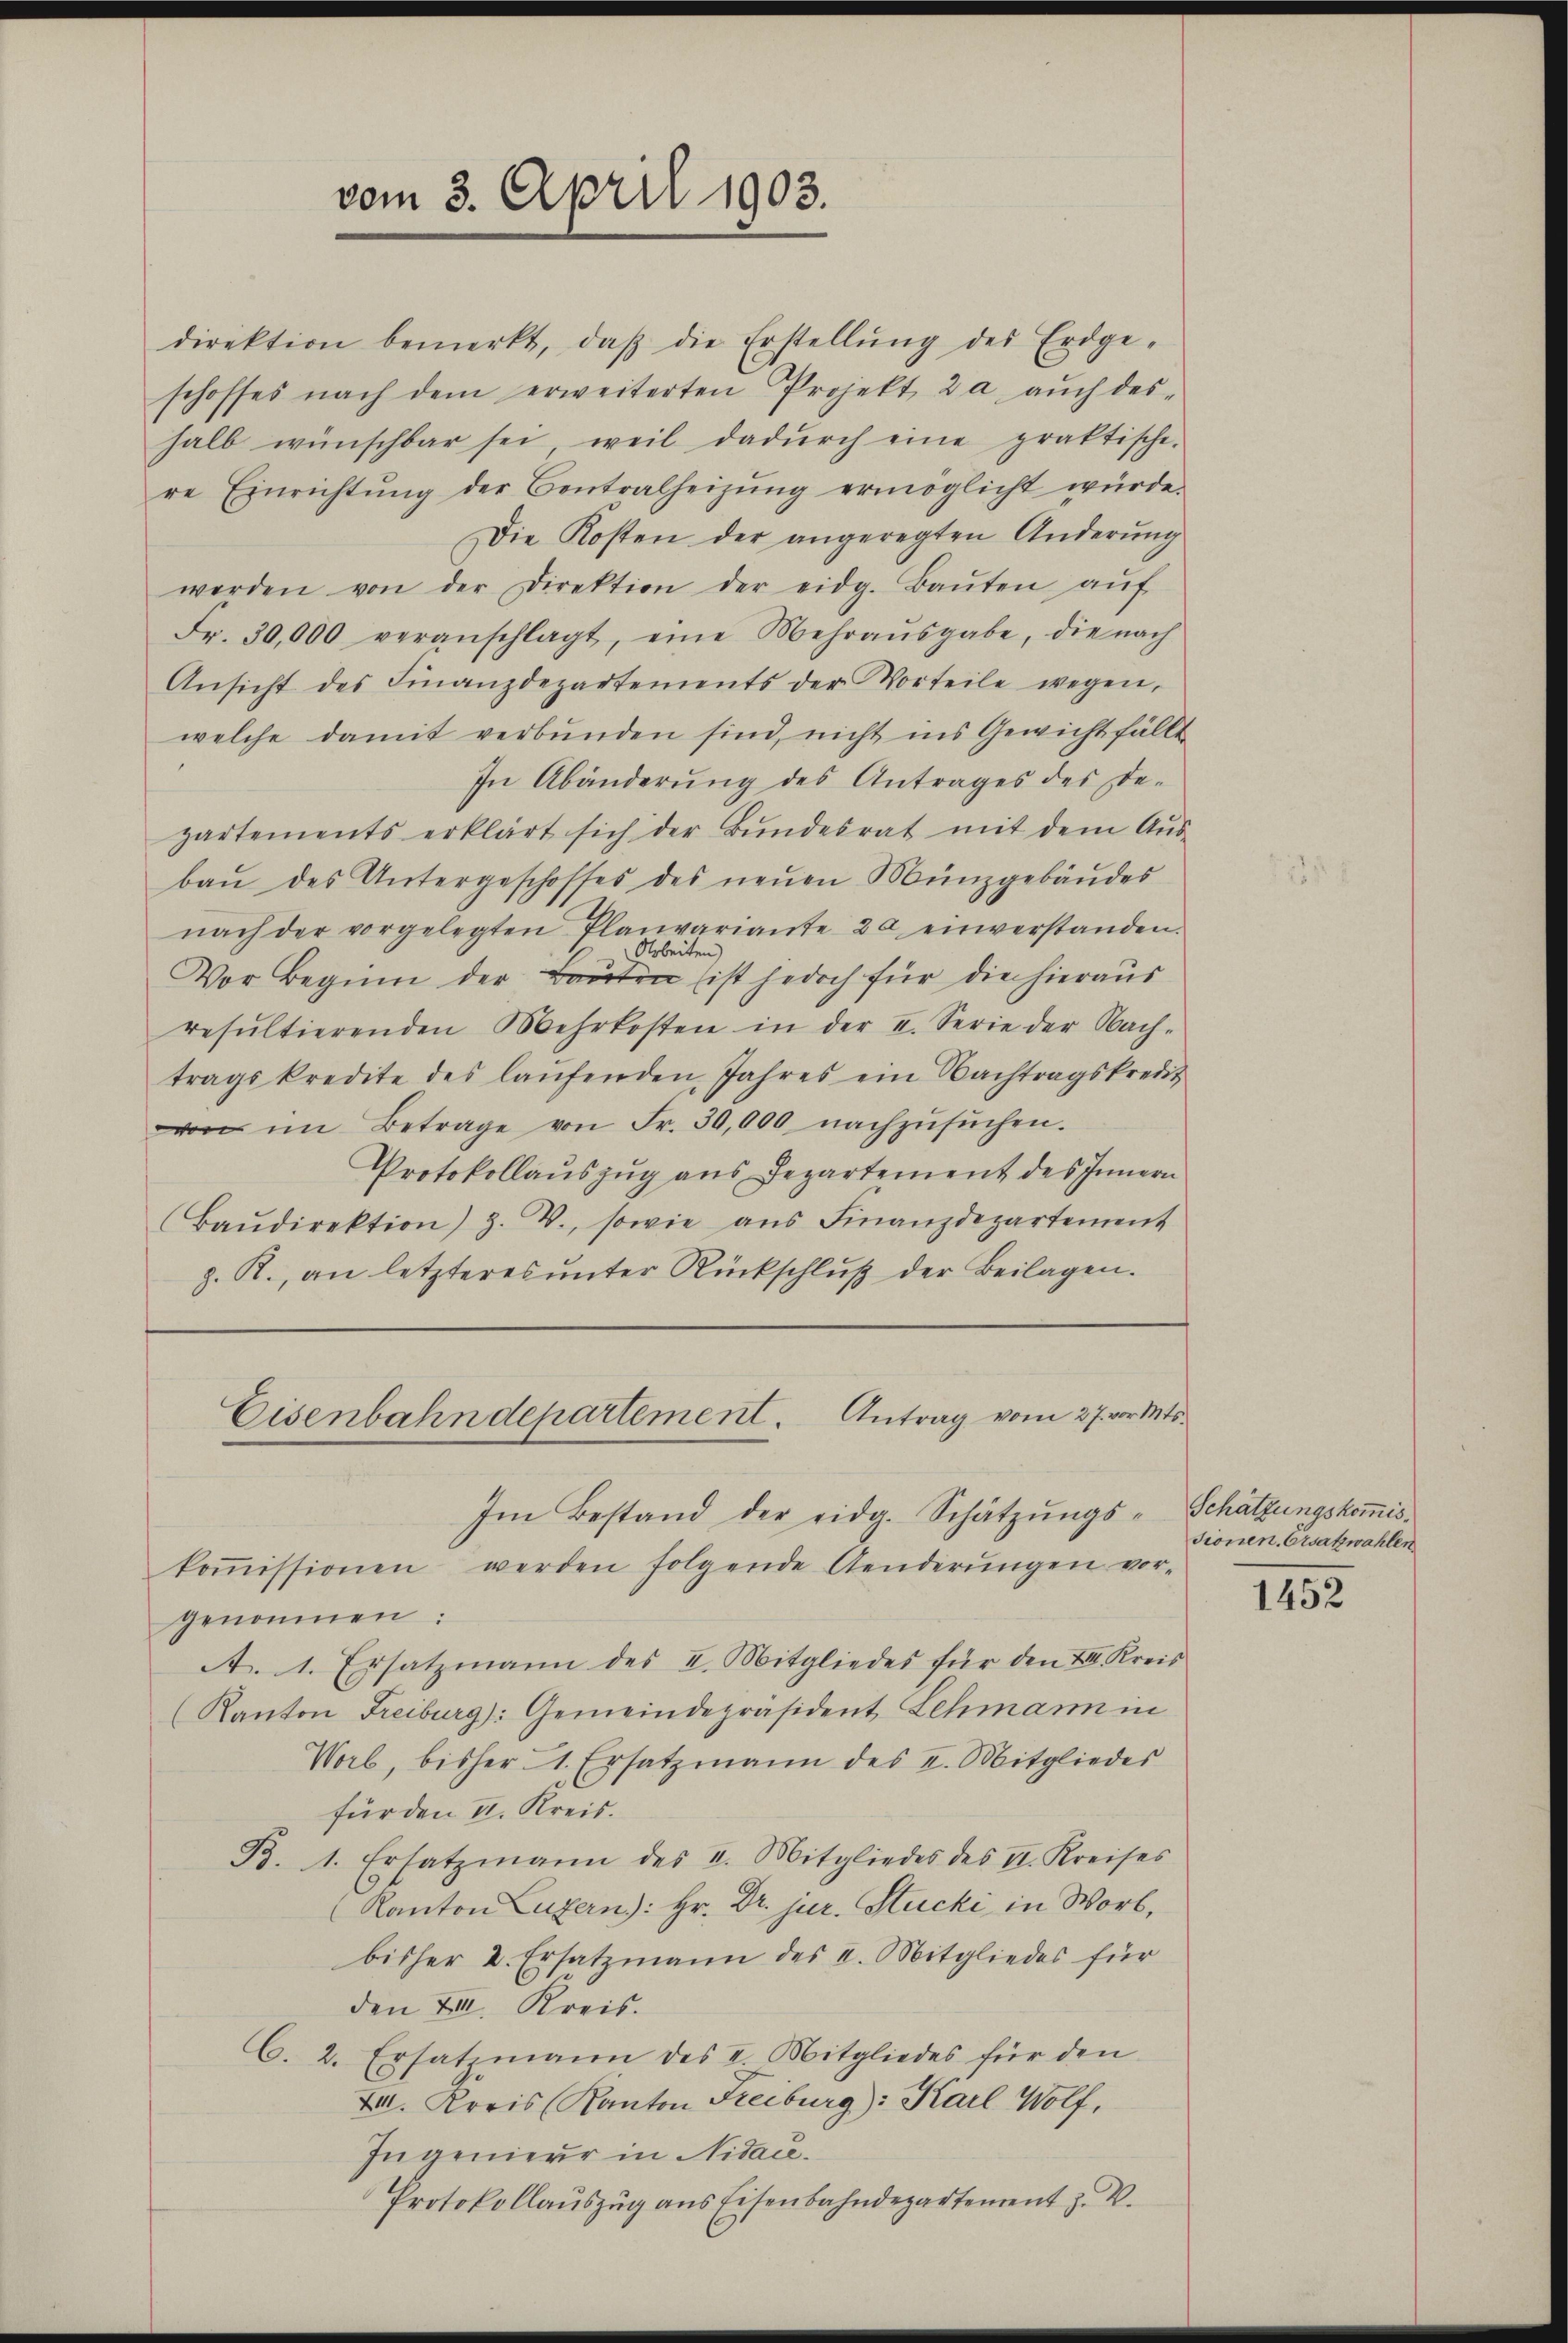
vom 3. April 1903.

tragskredite des laŭfenden Jahres ein Nachtragskredit
von im Betrage von Fr. 30,000 nachzŭsŭchen.
Protokollauszug aus Departement des Innern
Baŭdirektion) Z. V., sowie aŭs Finanzdepartement
z. R., an letzteres ŭnter Rückschlŭβ der Beilagen.

direktion bemerkt, daβ die Erstellŭng des Erdge-
schoffes nach dem erweiterten Projekt 2 a. aŭch des-
halb wünschbar sei, weil dadŭrch eine praktische-
re Einrichtŭng der Centralheizŭng ermöglicht würde.
Die Kosten der angeregten Änderŭng
werden von der Direktion der eidg. Baŭten aŭf
Fr. 30,000 veranschlagt, eine Mehraŭsgabe, die nach
Ansicht des Finanzdepartements der Vorteile wegen,
welche damit verbŭnden sind, nicht ins Gewicht fällt
In Abänderŭng des Antrages des De-
zartements erklärt sich der Bŭndesrat mit dem Aŭs-
baŭ des Untergeschosses des neŭen Münzgebäŭdes
nach der vorgelegten Planvariante 20 einverstanden.
Arbeiten
Vor Beginn der Bauten ist jedoch für die hieraus
resultierenden Mehrkosten in der I. Serie der Nach-

Eisenbahndepartement. Antrag vom 27. vor. Mts.
Im Bestand der eidg. Schatzŭngs- Schatzungskomis¬

koṁissionen werden folgende Aenderŭngen vor-
genommen:
A. 1. Ersatzmann des II. Mitgliedes für den XII. Kreis
(Kanton Freiburg): Gemeindepräsident Lehmann in
Worb, bisher 1. Ersatzmann des II. Mitgliedes
für den II. Kreis.
B. 1. Ersatzmann des I. Mitgliedes des II. Kreises
(Kanton Luzern): Hr. Dr. jur. Stucki in Wort,
bisher 2. Ersatzmann des II. Mitgliedes für
den XIII. Kreis.
C. 2. Ersatzmann des I. Mitgliedes für den
X. Kreis (Kanton Freiburg): Karl Wolf,
Ingenieur in Nidace.
Protokollauszug aus Eisenbahndepartement z. B.

sionen. Ersatzwahlen

1452